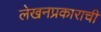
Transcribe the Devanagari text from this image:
लेखनप्रकाराची